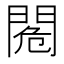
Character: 𨴓